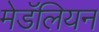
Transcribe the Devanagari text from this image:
मेडॅलियन